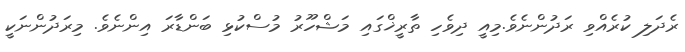
ރެދަލި ކުރެއްވި ރަދުންނެވެ.މިއީ ދިވެހި ތާރީޚްގައި މަޝްހޫރު މުސްކުޅި ބަންޑާރަ އިންނެވެ. މިރަދުންނަކީ